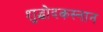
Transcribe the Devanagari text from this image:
शुद्धोदकस्नान